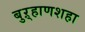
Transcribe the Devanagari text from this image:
बुऱ्हाणशहा